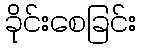
ခိုင်းစေခြင်း